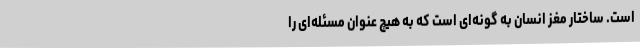
است. ساختار مغز انسان به گونه‌ای است که به هیچ عنوان مسئله‌ای را